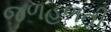
જળહળતી